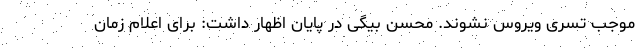
موجب تسری ویروس نشوند. محسن بیگی در پایان اظهار داشت: برای اعلام زمان